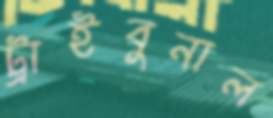
ট্রাইবুনাল